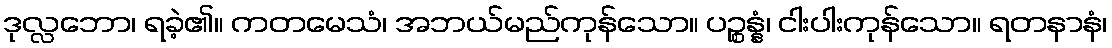
ဒုလ္လဘော၊ ရခဲ့၏။ ကတမေသံ၊ အဘယ်မည်ကုန်သော။ ပဉ္စန္နံ၊ ငါးပါးကုန်သော။ ရတနာနံ၊